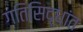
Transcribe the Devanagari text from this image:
गतिसिद्धांत